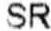
SR